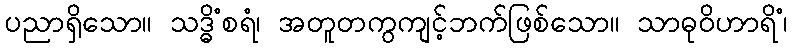
ပညာရှိသော။ သဒ္ဓိံစရံ၊ အတူတကွကျင့်ဘက်ဖြစ်သော။ သာဓုဝိဟာရိံ၊